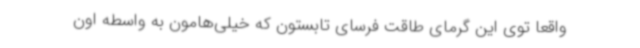
واقعا توی این گرمای طاقت فرسای تابستون که خیلی‌هامون به واسطه اون